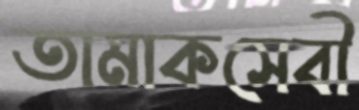
তামাকসেবী